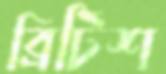
ব্রিটিশ